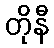
တိုနီ